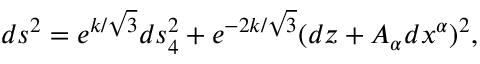
d s ^ { 2 } = e ^ { k / \sqrt { 3 } } d s _ { 4 } ^ { 2 } + e ^ { - 2 k / \sqrt { 3 } } ( d z + { \cal A } _ { \alpha } d x ^ { \alpha } ) ^ { 2 } ,